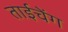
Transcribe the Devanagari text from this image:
ताईचेंग